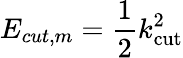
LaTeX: E_{cut,m}=\frac{1}{2}k_{\mathrm{cut}}^{2}